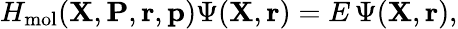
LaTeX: H_{\mathrm{mol}}({\mathbf{X}},{\mathbf{P}},{\mathbf{r}},{\mathbf{p}})\Psi({\mathbf{X}},{\mathbf{r}})=E\, \Psi({\mathbf{X}},{\mathbf{r}}),